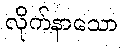
လိုက်နာသော